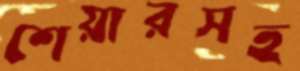
শেয়ারসহ